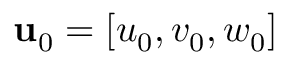
\mathbf { u } _ { 0 } = [ u _ { 0 } , v _ { 0 } , w _ { 0 } ]